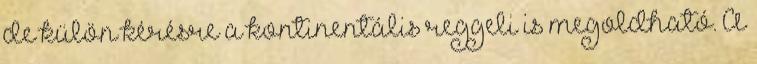
de külön kérésre a kontinentális reggeli is megoldható. A